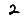
Digit: 2